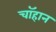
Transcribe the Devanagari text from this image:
चॉहान